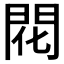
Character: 𫔛